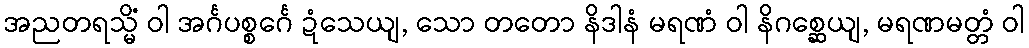
အညတရသ္မိံ ဝါ အင်္ဂပစ္စင်္ဂေ ဍံသေယျ, သော တတော နိဒါနံ မရဏံ ဝါ နိဂစ္ဆေယျ, မရဏမတ္တံ ဝါ